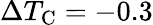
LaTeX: \Delta{}T_{\textrm{C}}=-0.3